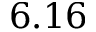
6 . 1 6